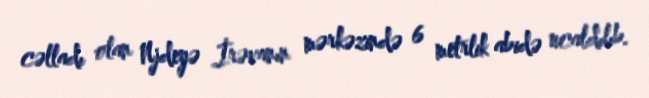
cəlladı olan Njdeyə İrəvanın mərkəzində 6 metrlik abidə ucaldılıb.